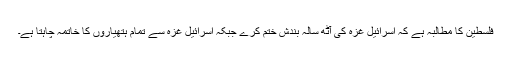
فلسطين کا مطالبہ ہے کہ اسرائيل غزہ کی آٹھ سالہ بندش ختم کرے جبکہ اسرائيل غزہ سے تمام ہتھياروں کا خاتمہ چاہتا ہے۔